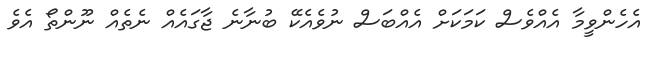
އެހެންވީމާ އެއްވެސް ކަމަކަށް އެއްބަސް ނުވެއެކޭ ބުނާނެ ޖާގައެއް ނެތެއް ނޫންތޯ އެވެ